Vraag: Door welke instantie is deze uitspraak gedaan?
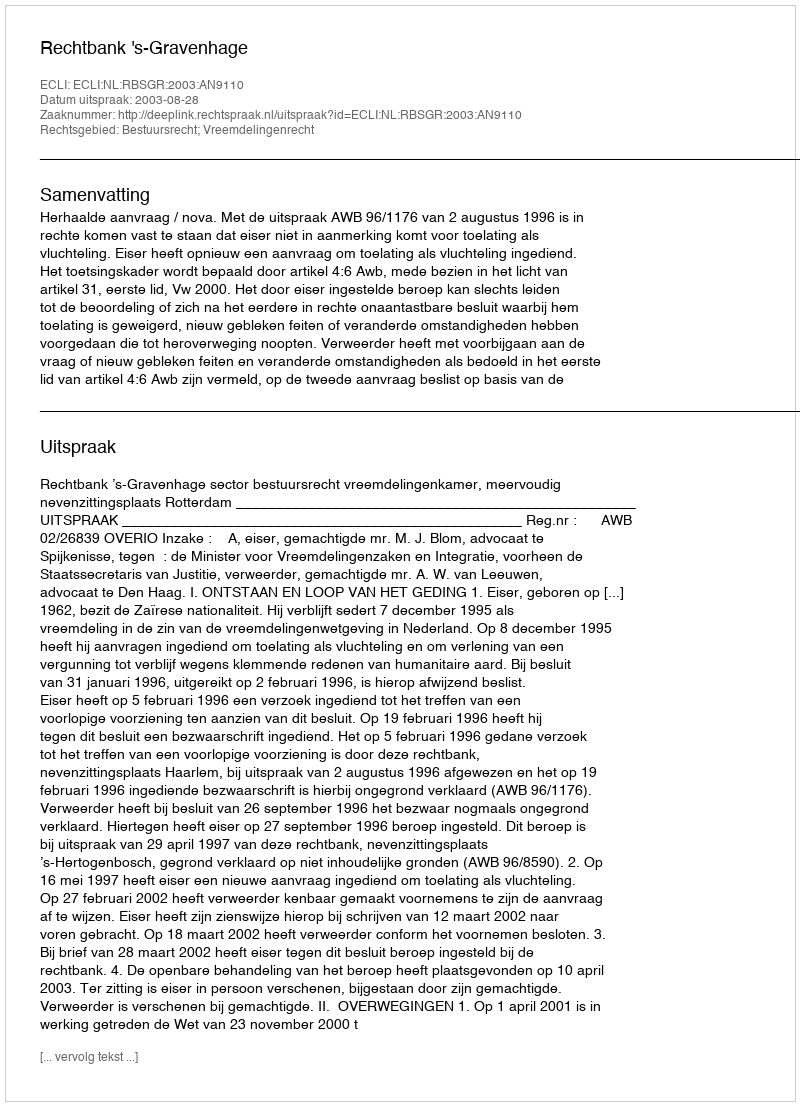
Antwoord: Rechtbank 's-Gravenhage